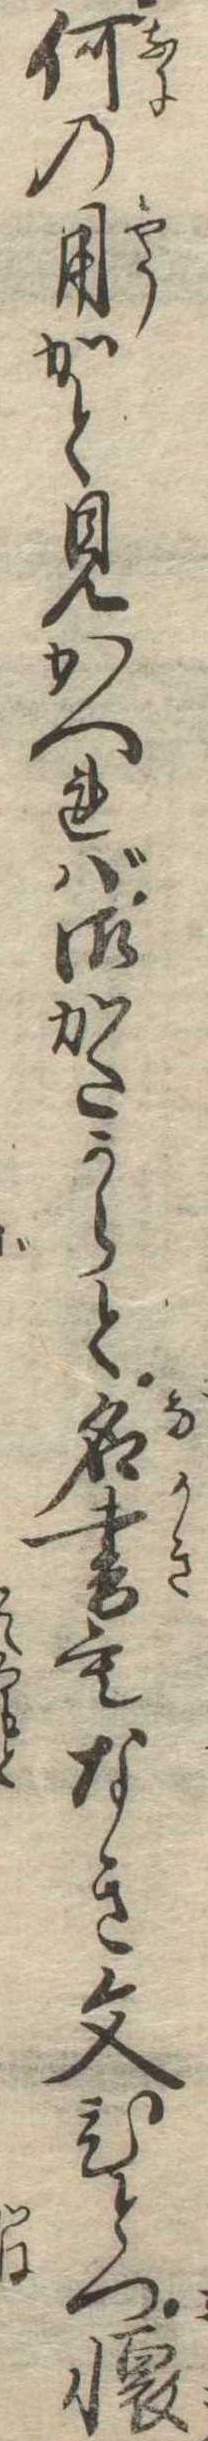
何の用かと見かへれば御かたからと名書もなき文ひとつ懐